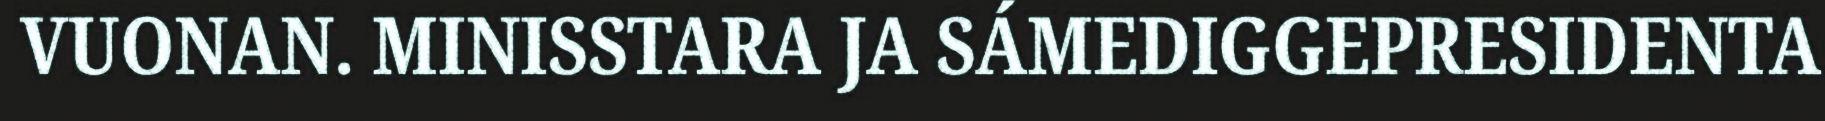
VUONAN. MINISSTARA JA SÁMEDIGGEPRESIDENTA